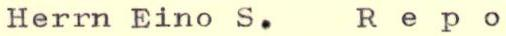
Herrn Eino S. Repo